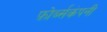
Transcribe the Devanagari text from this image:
फ़ोर्ब्सकंपनी